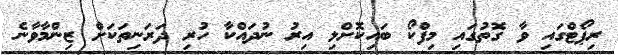
ރިޕޯޓްގައި ވާ ގޮތުގައި މިފްކޯ ބައިކޮށްލި އިރު ނުދައްކާ ހުރި ދަރަނިތަކަށް ޒިންމާވާނެ